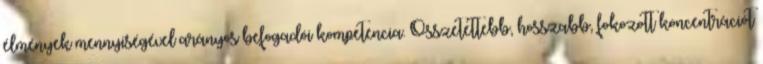
élmények mennyiségével arányos befogadói kompetencia. Összetettebb, hosszabb, fokozott koncentrációt